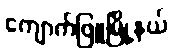
ကျောက်ဖြူမြို့နယ်